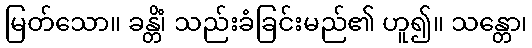
မြတ်သော။ ခန္တိံ၊ သည်းခံခြင်းမည်၏ ဟူ၍။ သန္တော၊